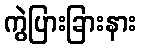
ကွဲပြားခြားနား